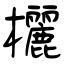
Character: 欐